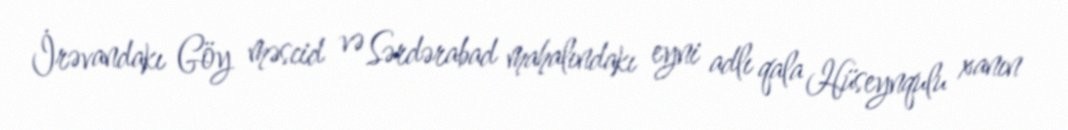
İrəvandakı Göy məscid və Sərdərabad mahalındakı eyni adlı qala Hüseynqulu xanın